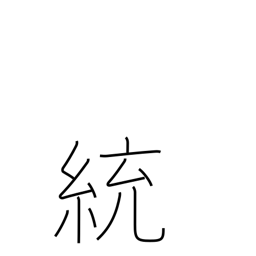
Meaning: governing